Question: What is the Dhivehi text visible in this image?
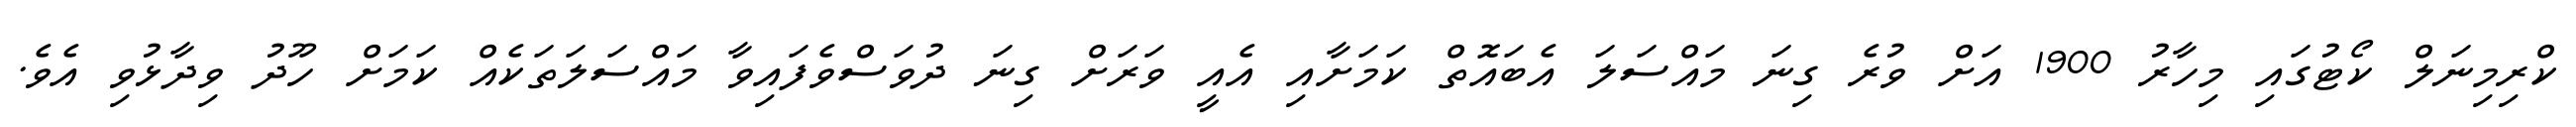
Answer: ކްރިމިނަލް ކޯޓުގައި މިހާރު 1900 އަށް ވުރެ ގިނަ މައްސަލަ އެބައޮތް ކަމަށާއި އެއީ ވަރަށް ގިނަ ދުވަސްވެފައިވާ މައްސަލަތަކެއް ކަމަށް ހޫދު ވިދާޅުވި އެވެ.